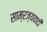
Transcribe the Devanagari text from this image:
साम्रज्यवादी